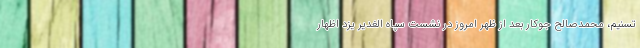
تسنیم، محمدصالح جوکار بعد از ظهر امروز در نشست سپاه الغدیر یزد اظهار